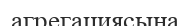
агрегациясына